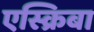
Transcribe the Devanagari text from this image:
एस्क्रिबा